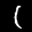
Label: 1